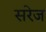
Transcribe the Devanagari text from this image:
सरेज